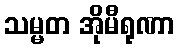
သမ္မတ အိုမီရုဏာ